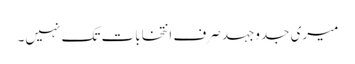
میری جدوجہد صرف انتخابات تک نہیں۔